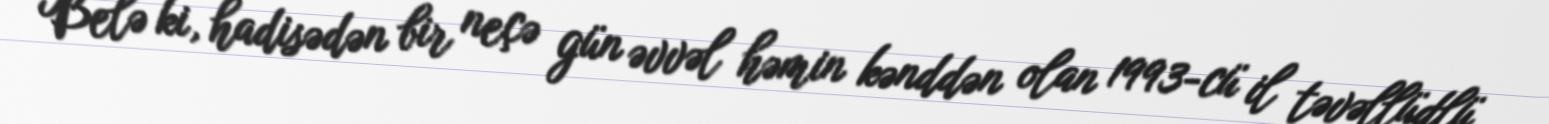
Belə ki, hadisədən bir neçə gün əvvəl həmin kənddən olan 1993-cü il təvəllüdlü